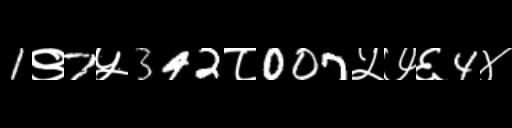
Text: 1९7५342८007५७६4४